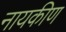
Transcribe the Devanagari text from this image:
नायकीण